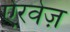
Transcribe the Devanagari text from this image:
ऐरवेज़